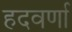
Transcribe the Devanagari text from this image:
हदवर्णा